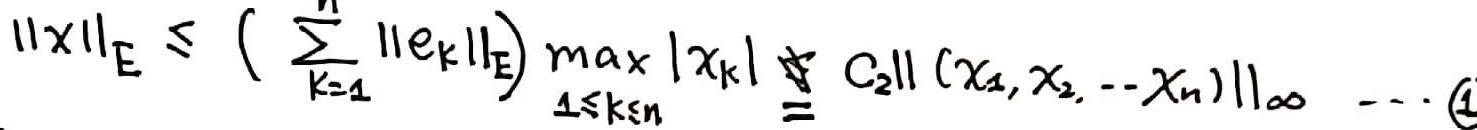
$\|x\|_{E} \leq\left(\sum_{k = 1}^{n}\left\|e_{k}\right\|_{E}\right) \max _{1 \leq k \leq n}\left|x_{k}\right|=C_{2}\left\|\left(x_{1}, x_{2}, \cdots x_{n}\right)\right\|_{\infty} \cdots(1)$